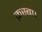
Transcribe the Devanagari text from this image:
क़स्बा।